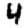
Digit: 4